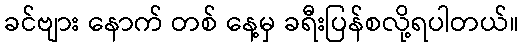
ခင်ဗျား နောက် တစ် နေ့မှ ခရီးပြန်စလို့ရပါတယ်။